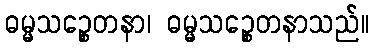
ဓမ္မသဉ္စေတနာ၊ ဓမ္မသဉ္စေတနာသည်။